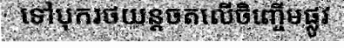
ទៅបុករថយន្តចតលើចិញ្ចើមផ្លូវ